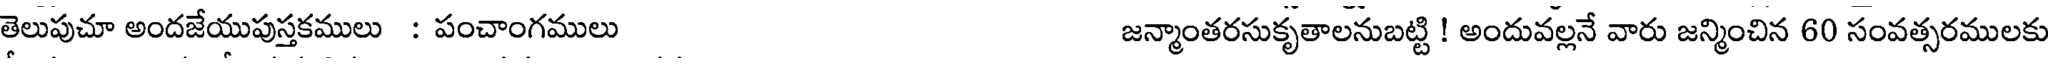
తెలుపుచూ అందజేయుపుస్తకములు : పంచాంగములు జన్మాంతరసుకృతాలనుబట్టి ! అందువల్లనే వారు జన్మించిన 60 సంవత్సరములకు